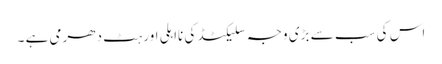
اس کی سب سے بڑی وجہ سلیکٹڈ کی نااہلی اور ہٹ دھرمی ہے ۔